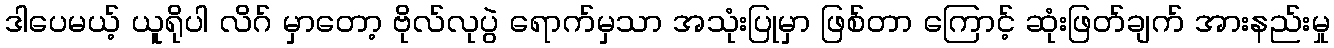
ဒါပေမယ့် ယူရိုပါ လိဂ် မှာတော့ ဗိုလ်လုပွဲ ရောက်မှသာ အသုံးပြုမှာ ဖြစ်တာ ကြောင့် ဆုံးဖြတ်ချက် အားနည်းမှု